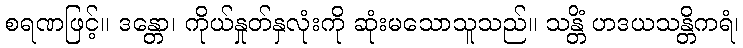
စရဏဖြင့်။ ဒန္တော၊ ကိုယ်နှုတ်နှလုံးကို ဆုံးမသောသူသည်။ သန္တိံ ဟဒယသန္တိကရံ၊